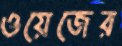
ওয়েজের